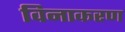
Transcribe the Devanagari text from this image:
विनाकरण